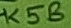
Text: K5B